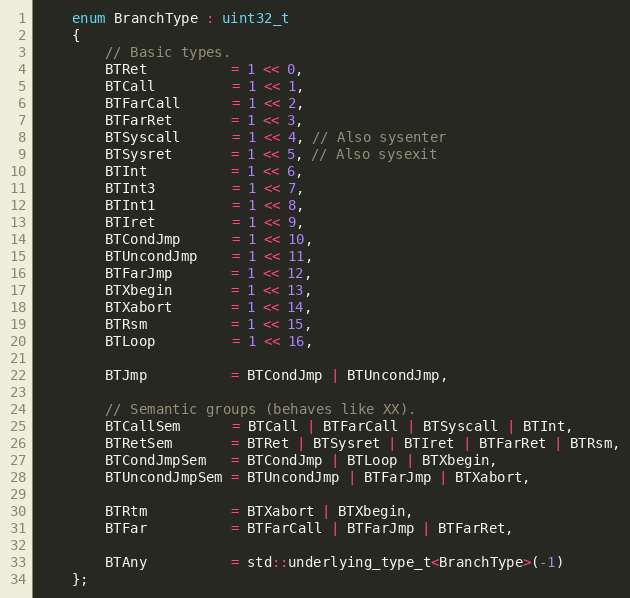
Language: C
    enum BranchType : uint32_t
    {
        // Basic types.
        BTRet          = 1 << 0,
        BTCall         = 1 << 1,
        BTFarCall      = 1 << 2,
        BTFarRet       = 1 << 3,
        BTSyscall      = 1 << 4, // Also sysenter
        BTSysret       = 1 << 5, // Also sysexit
        BTInt          = 1 << 6,
        BTInt3         = 1 << 7,
        BTInt1         = 1 << 8,
        BTIret         = 1 << 9,
        BTCondJmp      = 1 << 10,
        BTUncondJmp    = 1 << 11,
        BTFarJmp       = 1 << 12,
        BTXbegin       = 1 << 13,
        BTXabort       = 1 << 14,
        BTRsm          = 1 << 15,
        BTLoop         = 1 << 16,

        BTJmp          = BTCondJmp | BTUncondJmp,

        // Semantic groups (behaves like XX).
        BTCallSem      = BTCall | BTFarCall | BTSyscall | BTInt,
        BTRetSem       = BTRet | BTSysret | BTIret | BTFarRet | BTRsm,
        BTCondJmpSem   = BTCondJmp | BTLoop | BTXbegin,
        BTUncondJmpSem = BTUncondJmp | BTFarJmp | BTXabort,

        BTRtm          = BTXabort | BTXbegin,
        BTFar          = BTFarCall | BTFarJmp | BTFarRet,

        BTAny          = std::underlying_type_t<BranchType>(-1)
    };